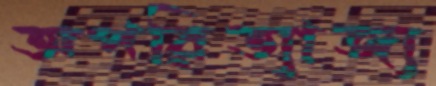
অপরিত্যাজ্য